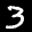
Label: 3